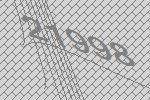
21998